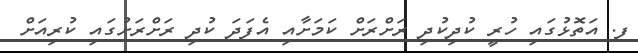
ފ. އަތޮޅުގައި ހުރީ ކުދިކުދި ރަށްރަށް ކަމަށާއި އެފަދަ ކުދި ރަށްރަށުގައި ކުރިއަށް